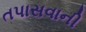
તપાસવાની